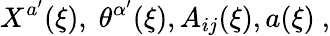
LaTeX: X^{a^{\prime}}(\xi),\; \theta^{\alpha^{\prime}}(\xi),A_{ij}(\xi),a(\xi)\ ,